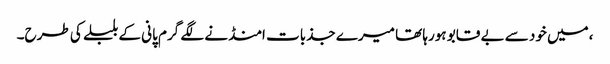
،میں خود سے بے قابو ہورہا تھا میرے جذبات امنڈنے لگے گرم پانی کے بلبلے کی طرح۔